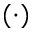
( \cdot )